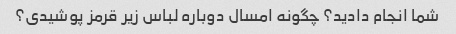
شما انجام دادید؟ چگونه امسال دوباره لباس زیر قرمز پوشیدی؟